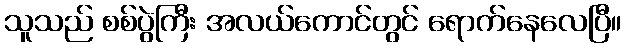
သူသည် စစ်ပွဲကြီး အလယ်ကောင်တွင် ရောက်နေလေပြီ။